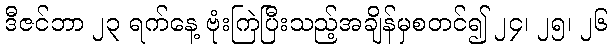
ဒီဇင်ဘာ ၂၃ ရက်နေ့ ဗုံးကြဲပြီးသည့်အချိန်မှစတင်၍ ၂၄၊ ၂၅၊ ၂၆